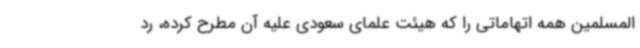
المسلمین همه اتهاماتی را که هیئت علمای سعودی علیه آن مطرح کرده، رد